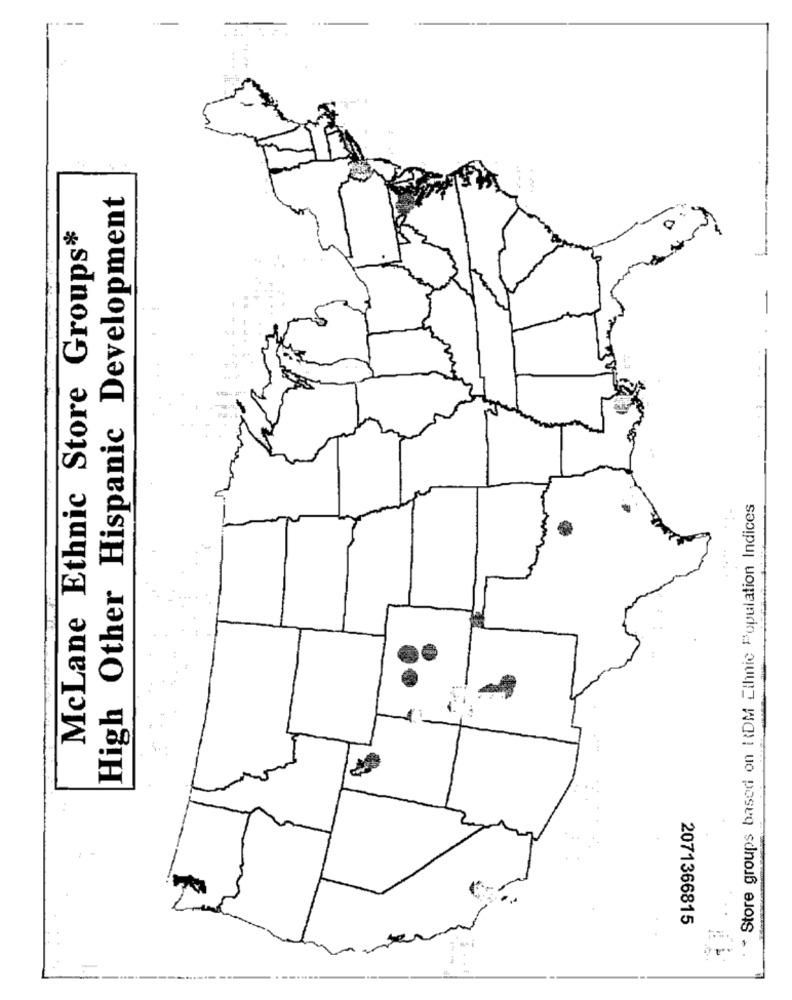
High Other Hispanic Development
McLane Ethnic Store Groups*
Store groups based on RDM Ethnic Population Indices
2071366815
-------